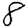
Digit: 8